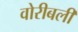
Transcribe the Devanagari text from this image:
वोरीबली